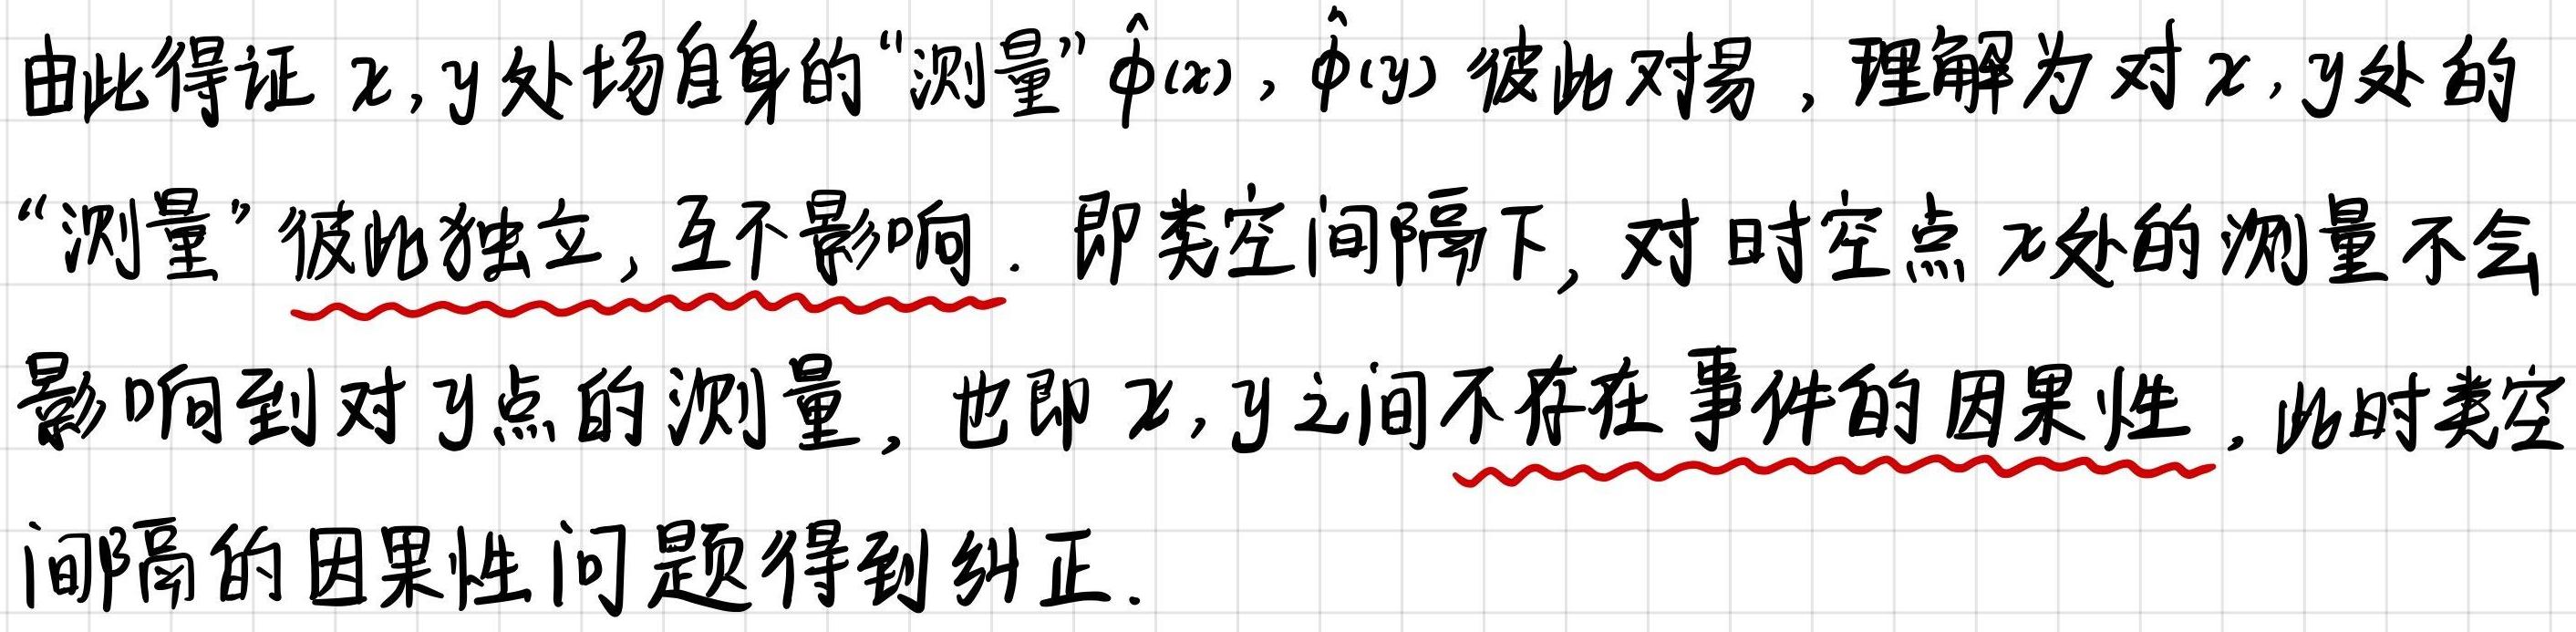
由此得证$x,y$处场自身的“测量”$\hat{\phi}(x),\hat{\phi}(y)$彼此对易，理解为对$x,y$处的“测量”彼此独立，互不影响. 即类空间隔下，对时空点$x$处的测量不会影响到对$y$点的测量，也即$x,y$之间不存在事件的因果性. 此时类空间隔的因果性问题得到纠正.